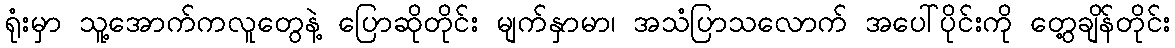
ရုံးမှာ သူ့အောက်ကလူတွေနဲ့ ပြောဆိုတိုင်း မျက်နှာမာ၊ အသံပြာသလောက် အပေါ်ပိုင်းကို တွေ့ချိန်တိုင်း